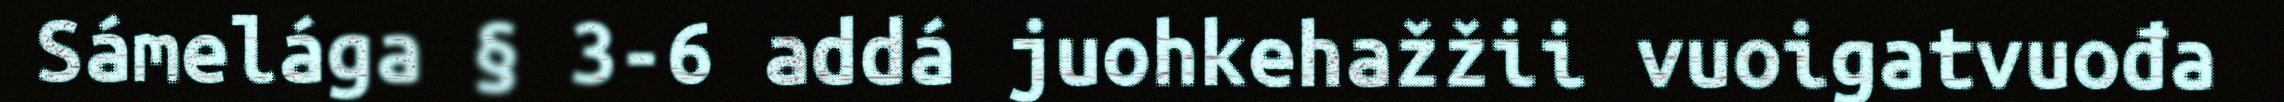
Sámelága § 3-6 addá juohkehažžii vuoigatvuođa